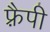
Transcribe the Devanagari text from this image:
फ़्रैपी